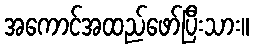
အကောင်အထည်ဖော်ပြီးသား။